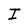
Character: I